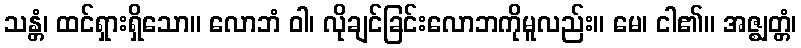
သန္တံ၊ ထင်ရှားရှိသော။ လောဘံ ဝါ၊ လိုချင်ခြင်းလောဘကိုမူလည်း။ မေ၊ ငါ၏။ အဇ္ဈတ္တံ၊